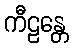
ကီဠန္တေ